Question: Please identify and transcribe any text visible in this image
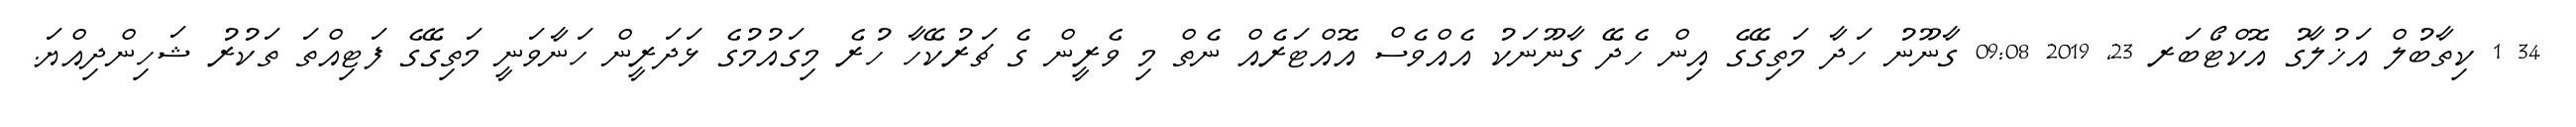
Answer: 34 1 ކިތާބުލް އަޚުލާގު އޮކްޓޯބަރ 23, 2019 09:08 ގާނޫނު ހަދާ މަތިގޭގެ އިން ހެދޭ ގާނޫނަކު އެއްވެސް އޮއްޓަރެއް ނެތް މި ވެރީން ގެ ޗަރުކޭހާ ހުރެ މިގައުމުގެ ޅަދަރީން ހަނާވަނީ މަތިގޭގެ ފަޓިއްތަ ތަކުރު ޝަހިންދިއްޔަ.